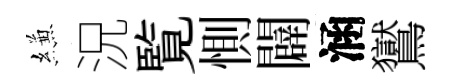
縑況覧惻闢涵鸑